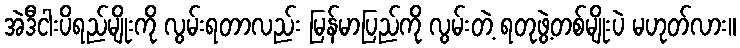
အဲဒီငါးပိရည်မျိုးကို လွမ်းရတာလည်း မြန်မာပြည်ကို လွမ်းတဲ့ ရတုဖွဲ့တစ်မျိုးပဲ မဟုတ်လား။